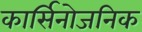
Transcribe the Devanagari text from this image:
कार्सिनोजनिक